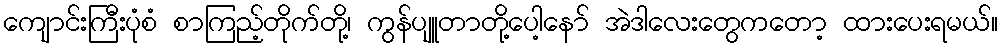
ကျောင်းကြီးပုံစံ စာကြည့်တိုက်တို့၊ ကွန်ပျူတာတို့ပေါ့နော် အဲဒါလေးတွေကတော့ ထားပေးရမယ်။